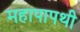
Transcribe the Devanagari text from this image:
महापापथी